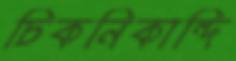
চিকনিকান্দি